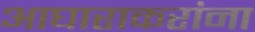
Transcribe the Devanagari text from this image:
आघाराकरांना